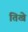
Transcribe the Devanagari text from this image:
तिखे